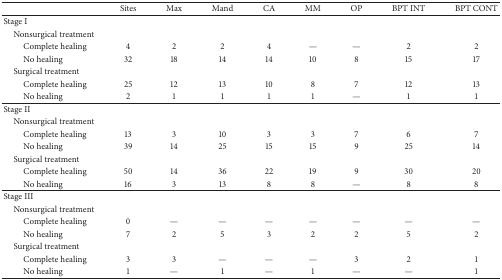
|  | Sites | Max | Mand | CA | MM | OP | BPT INT | BPT CONT |
 | --- | --- | --- | --- | --- | --- | --- | --- | --- |
 | Stage I |  |  |  |  |  |  |  |  |
 | Nonsurgical treatment |  |  |  |  |  |  |  |  |
 | Complete healing | 4 | 2 | 2 | 4 | — | — | 2 | 2 |
 | No healing | 32 | 18 | 14 | 14 | 10 | 8 | 15 | 17 |
 | Surgical treatment |  |  |  |  |  |  |  |  |
 | Complete healing | 25 | 12 | 13 | 10 | 8 | 7 | 12 | 13 |
 | No healing | 2 | 1 | 1 | 1 | 1 | — | 1 | 1 |
 | Stage II |  |  |  |  |  |  |  |  |
 | Nonsurgical treatment |  |  |  |  |  |  |  |  |
 | Complete healing | 13 | 3 | 10 | 3 | 3 | 7 | 6 | 7 |
 | No healing | 39 | 14 | 25 | 15 | 15 | 9 | 25 | 14 |
 | Surgical treatment |  |  |  |  |  |  |  |  |
 | Complete healing | 50 | 14 | 36 | 22 | 19 | 9 | 30 | 20 |
 | No healing | 16 | 3 | 13 | 8 | 8 | — | 8 | 8 |
 | Stage III |  |  |  |  |  |  |  |  |
 | Nonsurgical treatment |  |  |  |  |  |  |  |  |
 | Complete healing | 0 | — | — | — | — | — | — | — |
 | No healing | 7 | 2 | 5 | 3 | 2 | 2 | 5 | 2 |
 | Surgical treatment |  |  |  |  |  |  |  |  |
 | Complete healing | 3 | 3 | — | — | — | 3 | 2 | 1 |
 | No healing | 1 | — | 1 | — | 1 | — | — | 1 |